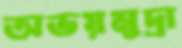
অভয়মুদ্রা